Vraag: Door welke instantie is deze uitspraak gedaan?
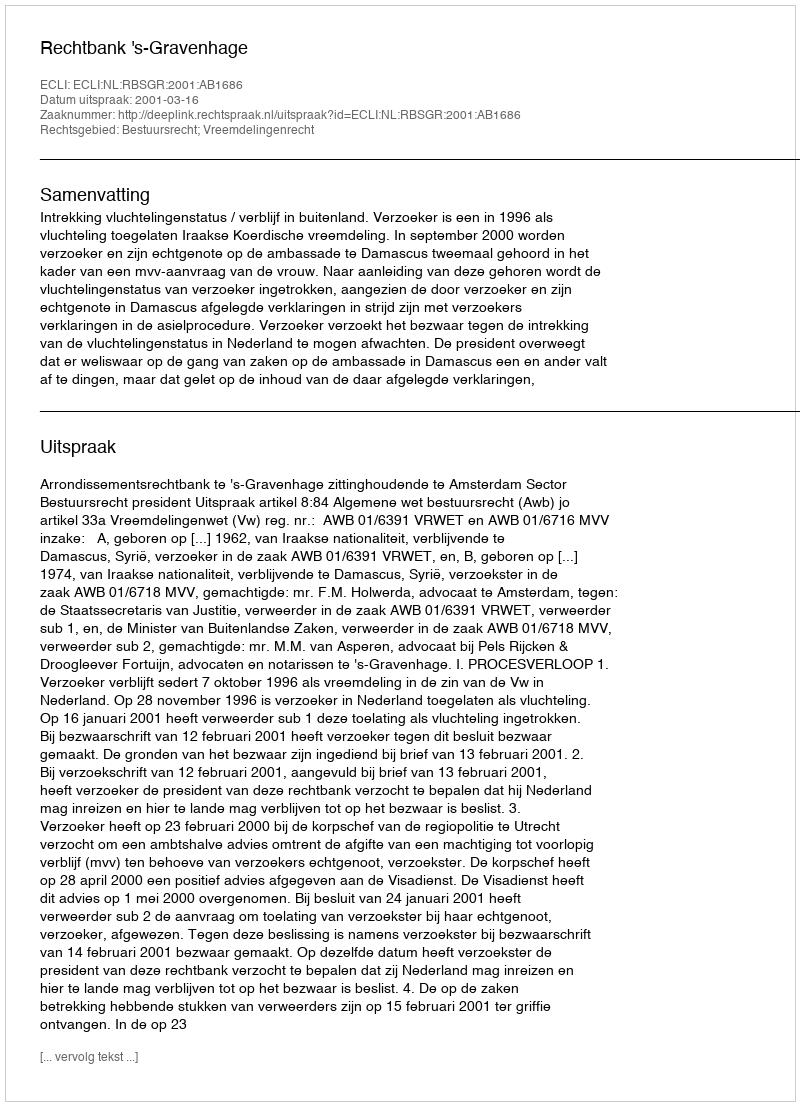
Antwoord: Rechtbank 's-Gravenhage